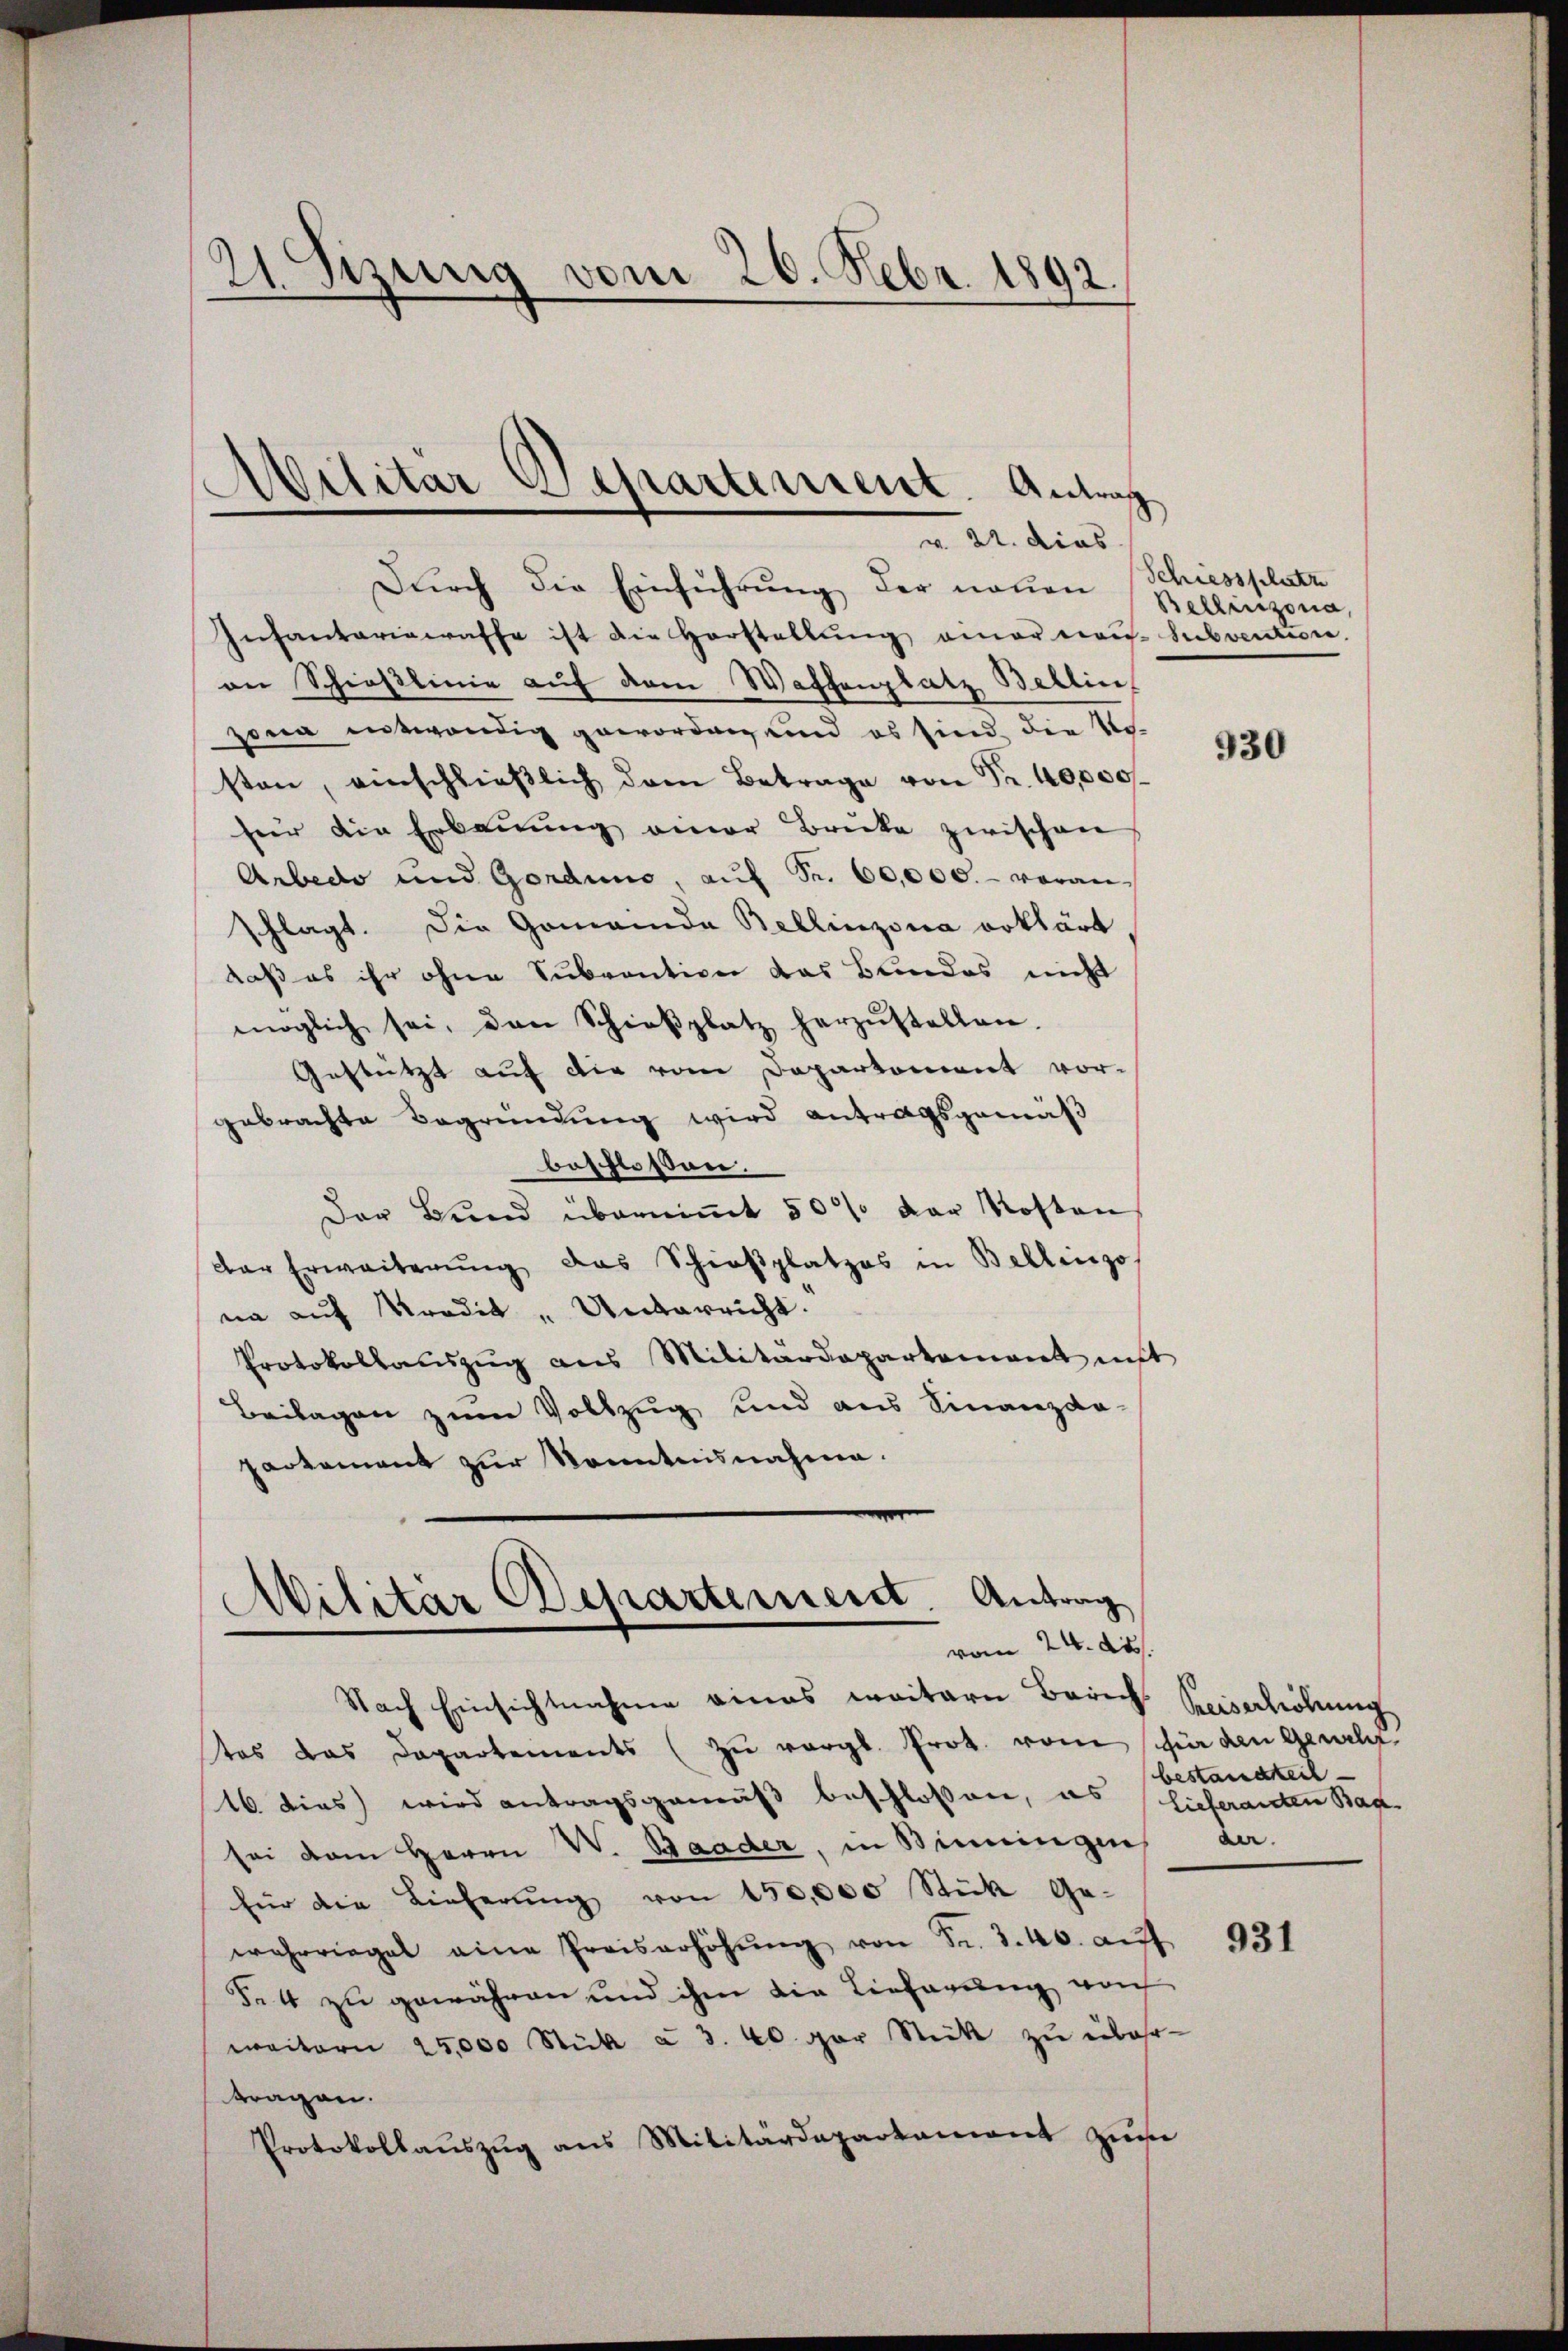
21. Sitzung vom 26. Febr. 1892.

Dŭrch die Einführŭng der neuen Schiessplatz
Infantariarasse ist die Horstellung einer aus Subvention.
an Schieslinie auf dem Waffenplatz Bellin,
zona entwendig geworden und es sind die Nosten, einschlieβlich dem Betrage von Fr. 40,000
für die Erbaŭŭng einer Brücke zwischen
Arbedo und Gorduno, auf Fr. 60,000. - voranschlagt. Die Gomainda Bellinzona erklärt
daß es ihr ohne Subvention das Bundes nicht
möglich sei, den Schieβplatz herzŭstellen.
Gestützt auf die vom Departement vorgebrachte Begründung wird antragsgemäß
beschlossen
Der Bund überniṁt 50% der Kosten
der Erweiterŭng das Schieβplatzes in Bellinzo
na auf rodik „Unterricht.
Protokollauszug aus Militärdepartement nicht
Beilagen zum Vollzug und aus Finanzda-
partement zur konntensnahme.

Militär Departement. Antrag
v. 22. dies

)
Wilitar Departement. Antrag
.
vom 24. d.

Nach Einsichtnahme eines weitern Zürich Keiserhöhung
tas das Departements (zu vergl. Prot. vom für den Geneh¬
16. dies wird antragsgemäß beschlossene, es lieferanten Bac
sei dem Herrn V. Baader, in Binnungen der
für die Lieferŭng von 150,000 Stück Ge-
wahrriegel eine Preiserhöhŭng von Fr. 3.40. aŭf
Fett zu gewähren und ihm die Lieferung noch
maitern 25,000 Stück à 3. 40. par Stick zu übertragen.
Protokollaŭszŭg ans Militärdepartament zŭm

Bellinzona,

930

bestandzeit

931